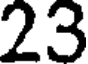
23